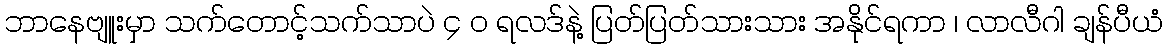
ဘာနေဗျူးမှာ သက်တောင့်သက်သာပဲ ၄ ၀ ရလဒ်နဲ့ ပြတ်ပြတ်သားသား အနိုင်ရကာ ၊ လာလီဂါ ချန်ပီယံ